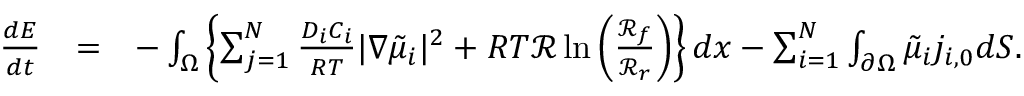
\begin{array} { r l r } { \frac { d E } { d t } } & { = } & { - \int _ { \Omega } \left\{ \sum _ { j = 1 } ^ { N } \frac { D _ { i } C _ { i } } { R T } | \nabla \tilde { \mu } _ { i } | ^ { 2 } + R T \mathcal { R } \ln \left( \frac { \mathcal { R } _ { f } } { \mathcal { R } _ { r } } \right) \right\} d x - \sum _ { i = 1 } ^ { N } \int _ { \partial \Omega } \tilde { \mu } _ { i } j _ { i , 0 } d S . } \end{array}